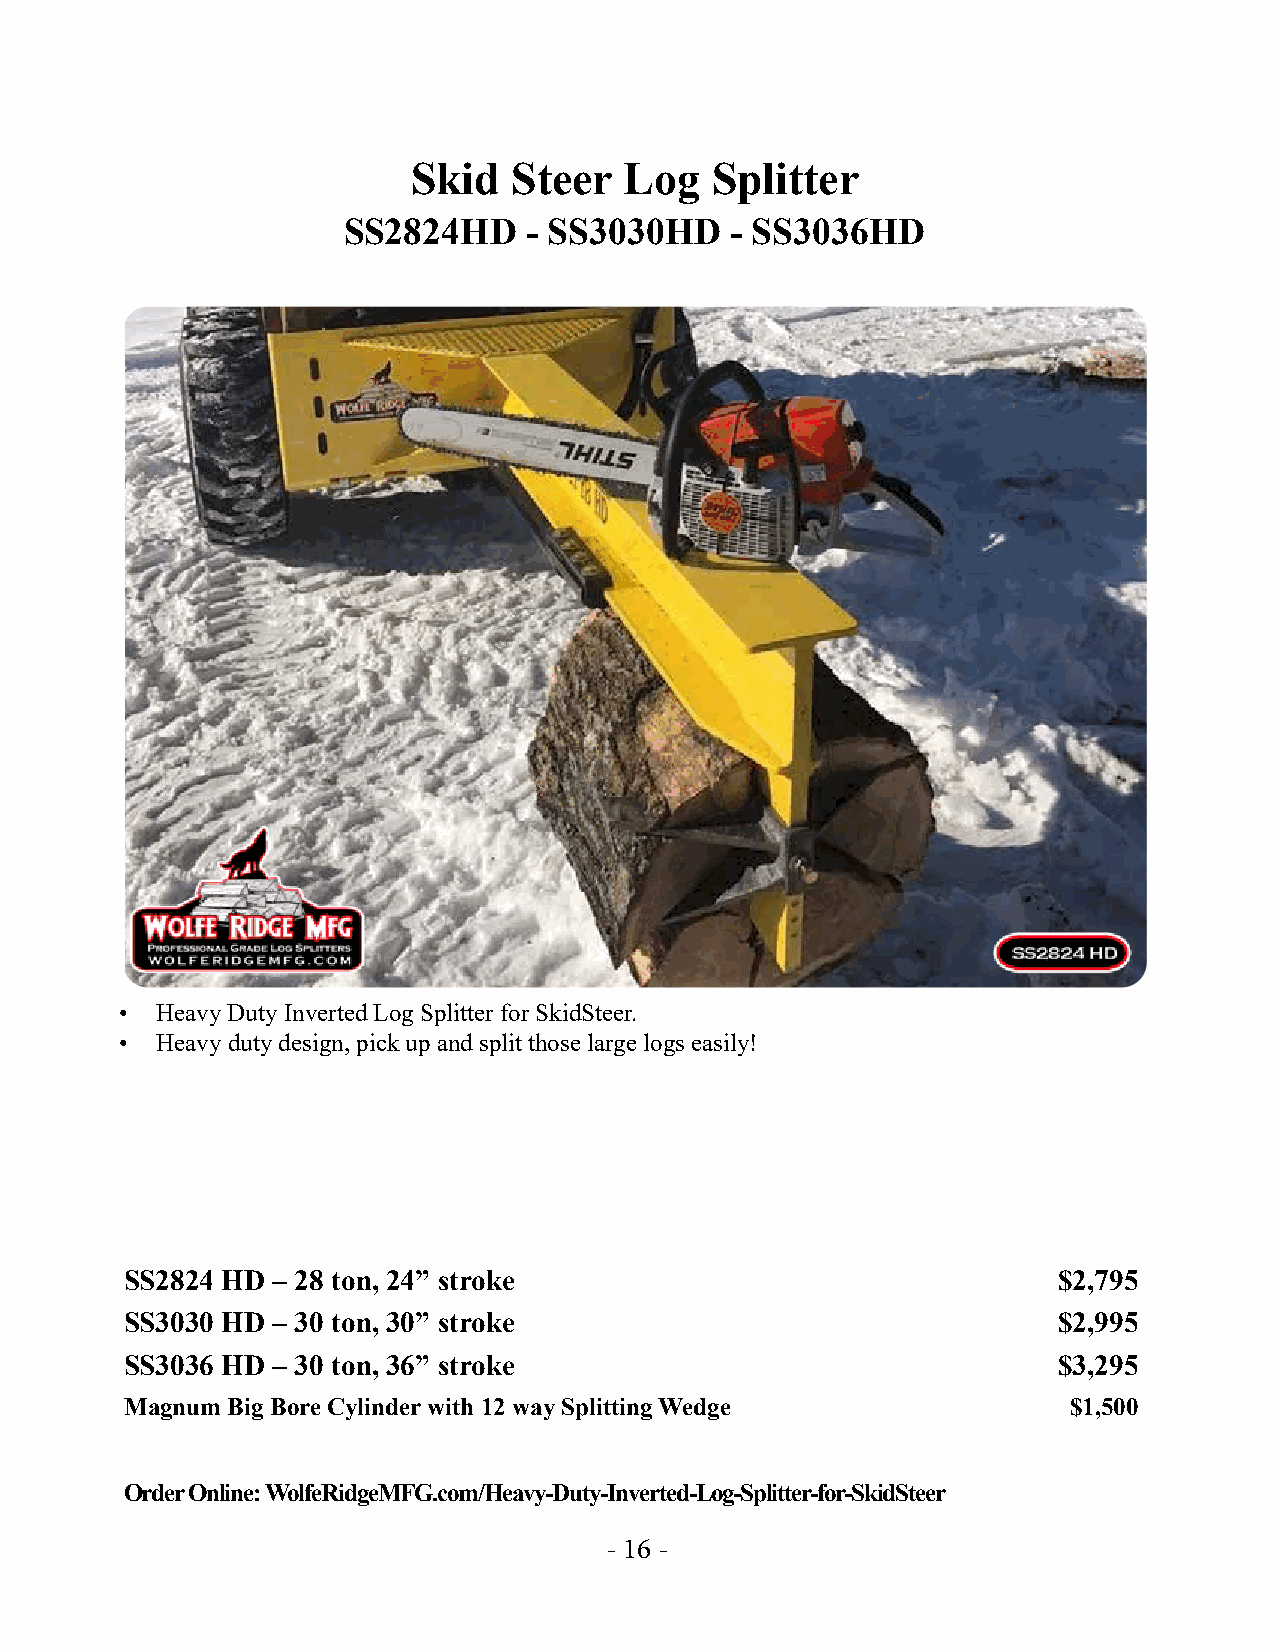
Skid   Steer  Log   Splitter
 SS2824HD    - SS3030HD   - SS3036HD
 • Heavy Duty Inverted Log Splitter for SkidSteer.
 • Heavy duty design, pick up and split those large logs easily!
 SS2824 HD – 28 ton, 24” stroke                                $2,795
 SS3030 HD – 30 ton, 30” stroke                                $2,995
 SS3036 HD – 30 ton, 36” stroke                                $3,295
 Magnum Big Bore Cylinder with 12 way Splitting Wedge           $1,500
 Order Online: WolfeRidgeMFG.com/Heavy-Duty-Inverted-Log-Splitter-for-SkidSteer
 - 16 -